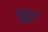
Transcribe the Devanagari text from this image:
पुट्रा